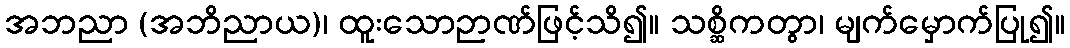
အဘညာ (အဘိညာယ)၊ ထူးသောဉာဏ်ဖြင့်သိ၍။ သစ္ဆိကတွာ၊ မျက်မှောက်ပြု၍။